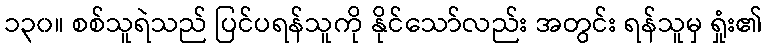
၁၃၀။ စစ်သူရဲသည် ပြင်ပရန်သူကို နိုင်သော်လည်း အတွင်း ရန်သူမှ ရှုံး၏